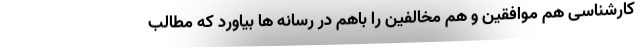
کارشناسی هم موافقین و هم مخالفین را باهم در رسانه ها بیاورد که مطالب